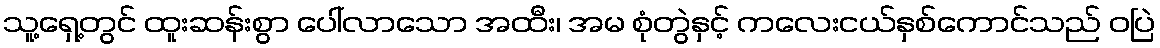
သူ့ရှေ့တွင် ထူးဆန်းစွာ ပေါ်လာသော အထီး၊ အမ စုံတွဲနှင့် ကလေးငယ်နှစ်ကောင်သည် ဝပြဲ